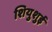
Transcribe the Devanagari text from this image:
शियुशुई